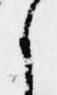
に